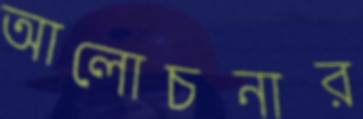
আলোচনার